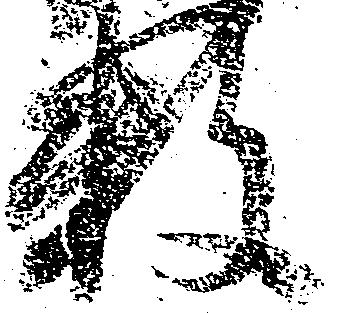
数